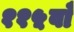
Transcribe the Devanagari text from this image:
११५वाँ